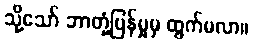
သို့သော် ဘာတုံ့ပြန်မှုမှ ထွက်မလာ။